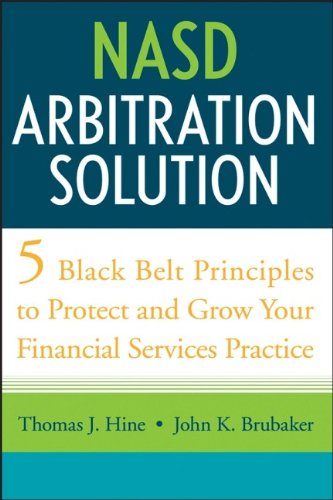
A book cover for NASD Arbitration Solution: Five Black Belt Principles to Protect and Grow Your Financial Services Practice; Thomas J. Hine; Law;